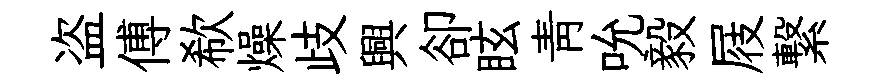
盗傅欷燥歧興卻眩靑吮毅屐繋